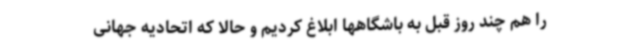
را هم چند روز قبل به باشگاهها ابلاغ کردیم و حالا که اتحادیه جهانی